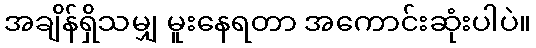
အချိန်ရှိသမျှ မူးနေရတာ အကောင်းဆုံးပါပဲ။